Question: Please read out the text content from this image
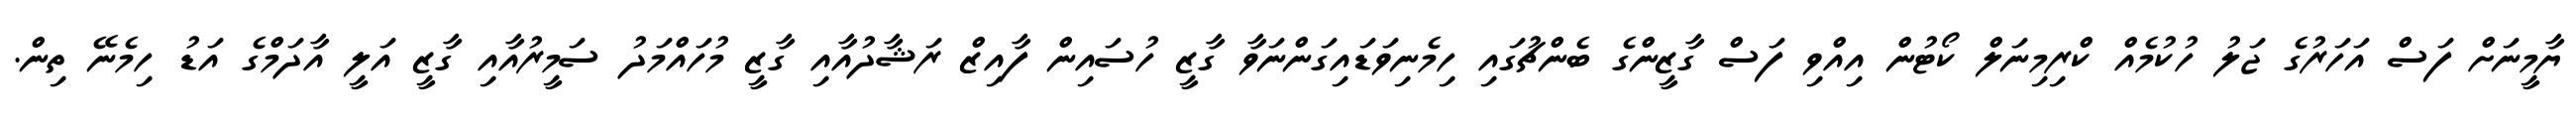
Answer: ޔާމީނަށް ފަސް އަހަރުގެ ޖަލު ހުކުމެއް ކްރިމިނަލް ކޯޓުން އިއްވި ފަސް ގާޒީންގެ ބެންޗުގައި ހިމެނިވަޑައިގަންނަވާ ގާޒީ ހުސައިން ފާއިޒް ރަޝާދުއާއި ގާޒީ މުހައްމަދު ސަމީރުއާއި ގާޒީ އަލީ އާދަމްގެ އަޑު ހިމެނޭ ތިން.